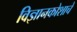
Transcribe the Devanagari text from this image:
विज्ञानकोशाचे